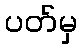
ပတ်မှ